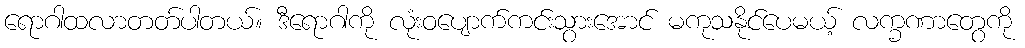
ရောဂါထလာတတ်ပါတယ်။ ဒီရောဂါကို လုံးဝပျောက်ကင်းသွားအောင် မကုသနိုင်ပေမယ့် လက္ခဏာတွေကို